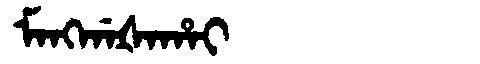
Manchu: ᠮᠠᠩᡤᠠᡧᠠᡥᠠᡳ
Romanization: MANGGAŠAHAI